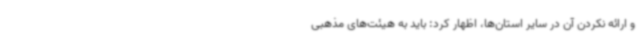
و ارائه نکردن آن در سایر استان‌ها، اظهار کرد: باید به هیئت‌های مذهبی